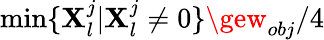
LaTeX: \operatorname*{min}\{ \mathbf{X}_{l}^{j}|\mathbf{X}_{l}^{j}\neq0\} \gew_{obj}/4